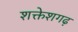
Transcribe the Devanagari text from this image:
शक्तेशगढ़